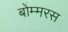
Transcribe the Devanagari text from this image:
बोम्मरस